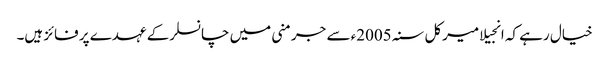
خیال رہے کہ انجیلا میرکل سنہ 2005ء سے جرمنی میں چانسلرکے عہدے پر فائز ہیں۔